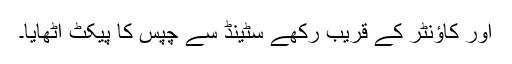
اور کاؤنٹر کے قریب رکھے سٹینڈ سے چپس کا پیکٹ اُٹھایا۔